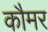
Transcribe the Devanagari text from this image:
कौमर